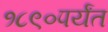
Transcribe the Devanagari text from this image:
१८९०पर्यंत